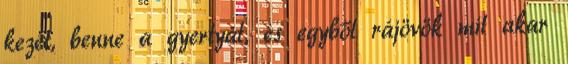
kezét, benne a gyertyát, és egyből rájövök mit akar